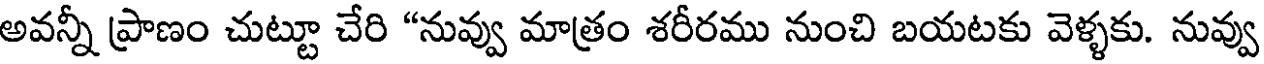
అవన్నీ ప్రాణం చుట్టూ చేరి "నువ్వు మాత్రం శరీరము నుంచి బయటకు వెళ్ళకు. నువ్వు